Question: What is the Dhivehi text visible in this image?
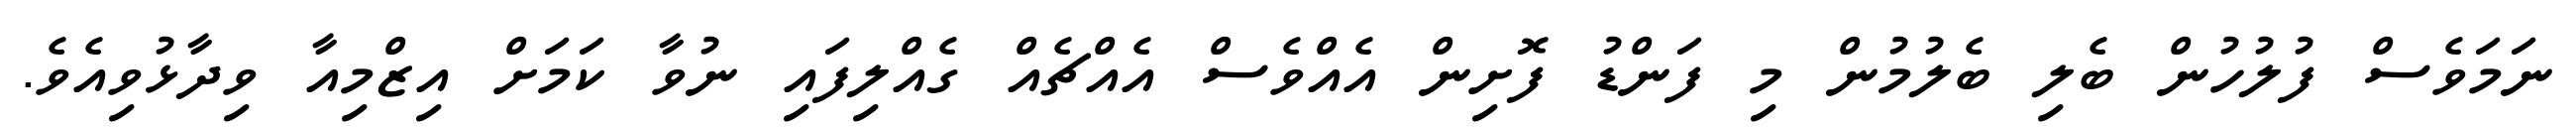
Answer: ނަމަވެސް ފުލުހުން ބެލި ބެލުމުން މި ފަންޑު ފޮށިން އެއްވެސް އެއްޗެއް ގެއްލިފައި ނުވާ ކަމަށް އިޒްމިއާ ވިދާޅުވިއެވެ.